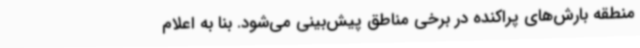
منطقه بارش‌های پراکنده در برخی مناطق پیش‌بینی می‌شود. بنا به اعلام